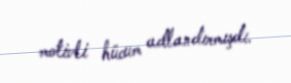
motivli hücum adlandırmışdı.